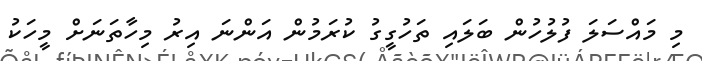
މި މައްސަލަ ފުލުހުން ބަލައި ތަހުގީގު ކުރަމުން އަންނަ އިރު މިހާތަނަށް މީހަކު